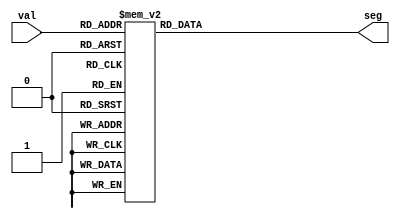
module sevenSeg (input [3:0] val, output reg [7:0] seg);

always @(val)
  begin
    case(val)
      4'b0000 : seg = 8'b11000000;
      4'b0001 : seg = 8'b11111001;
      4'b0010 : seg = 8'b10100100;
      4'b0011 : seg = 8'b10110000;
      4'b0100 : seg = 8'b10011001;
      4'b0101 : seg = 8'b10010010;
      4'b0110 : seg = 8'b10000010;
      4'b0111 : seg = 8'b11111000;
      4'b1000 : seg = 8'b10000000;
      4'b1001 : seg = 8'b10011000;
      4'b1010 : seg = 8'b00001000;
      4'b1011 : seg = 8'b00000000;
      4'b1100 : seg = 8'b01000110;
      4'b1101 : seg = 8'b01000000;
      4'b1110 : seg = 8'b00000110;
      4'b1111 : seg = 8'b00001110;
      default : seg = 8'b00000000;
    endcase
  end
endmodule